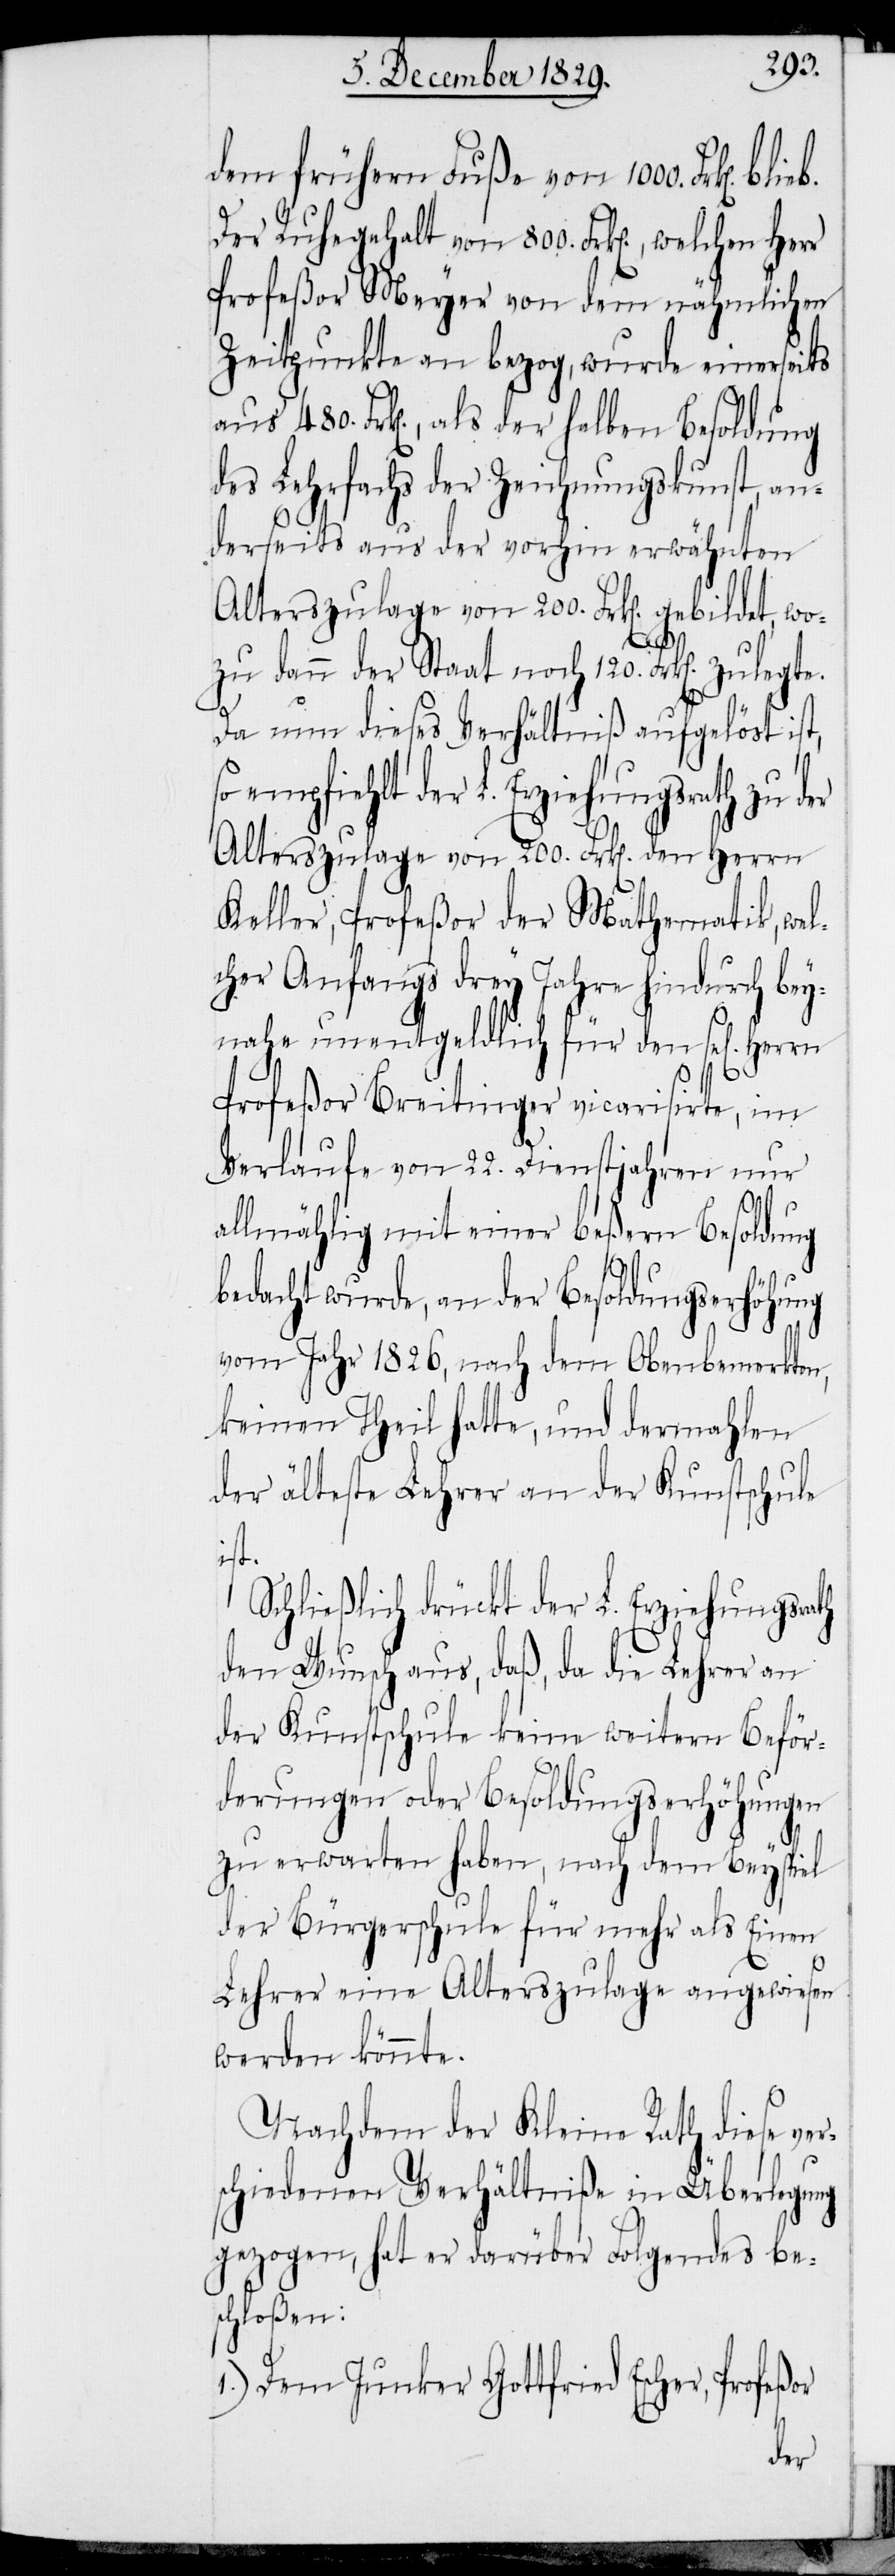
dem frühern Fuße von 1000. Frk[en].
Der Ruhegehalt von 800. Frk[en]., welchen
Profeßor Meyer von dem nähmlichen
Zeitpunkte an bezog, wurde einerseits
aus 480. Frk[en]., als der halben Besoldung
des Lehrfachs der Zeichnungskunst, an¬
derseits aus der vorhin erwähnten
Alterszulage von 200. Frk[en]. gebilde¬
gte.
zu dann der Staat noch 120. Frk[en]. zule¬
Da nun dieses Verhältniß aufgelöst ist,
empfiehlt der L. Erziehungsrath zu der
Alterszulage von 200. Frk[en]. den Herrn
Keller, Profeßor der Mathematik, wel¬
cher Anfangs drey Jahre hindurch bey¬
nahe unentgeldlich für den sel[igen]
Profeßor Breitinger vicarisierte, im
Verlaufe von 22. Dienstjahren nur
allmählig mit einer beßern Besoldung
bedacht wurde, an der Besoldungserhöhung
vom Jahr 1826, nach dem Obenbemerkten,
keinen Theil hatte, und dermahlen
der älteste Lehrer an der Kunstschule
ist.
Schließlich drückt der L. Erziehungsrath
den Wunsch aus, daß, da die Lehrer an
der Kunstschule keine weitern Beför¬
derungen oder Besoldungserhöhungen
zu erwarten haben, nach dem Beyspiel
der Bürgerschule für mehr als Einen
Lehrer eine Alterszulage angewiesen
werden könnte.
Nachdem der Kleine Rath diese ver¬
schiedenen Verhältniße in Überlegung
gezogen, hat er darüber Folgendes be¬
schloßen:
1.) Dem Junker Gottfried Escher, Profes¬
sor